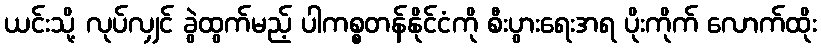
ယင်းသို့ လုပ်လျှင် ခွဲထွက်မည့် ပါကစ္စတန်နိုင်ငံကို စီးပွားရေးအရ ပိုးကိုက် လောက်ထိုး